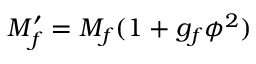
M _ { f } ^ { \prime } = M _ { f } ( 1 + g _ { f } \phi ^ { 2 } )